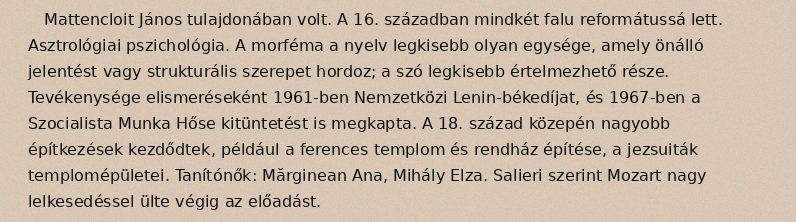
Mattencloit János tulajdonában volt. A 16. században mindkét falu reformátussá lett. Asztrológiai pszichológia. A morféma a nyelv legkisebb olyan egysége, amely önálló jelentést vagy strukturális szerepet hordoz; a szó legkisebb értelmezhető része. Tevékenysége elismeréseként 1961-ben Nemzetközi Lenin-békedíjat, és 1967-ben a Szocialista Munka Hőse kitüntetést is megkapta. A 18. század közepén nagyobb építkezések kezdődtek, például a ferences templom és rendház építése, a jezsuiták templomépületei. Tanítónők: Mărginean Ana, Mihály Elza. Salieri szerint Mozart nagy lelkesedéssel ülte végig az előadást.